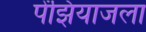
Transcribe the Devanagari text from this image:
पेंझियाजला